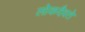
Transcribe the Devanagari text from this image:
लोकदैवते